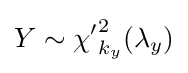
Y\sim {\chi '}_{k_{y}}^{2}(\lambda _{y})